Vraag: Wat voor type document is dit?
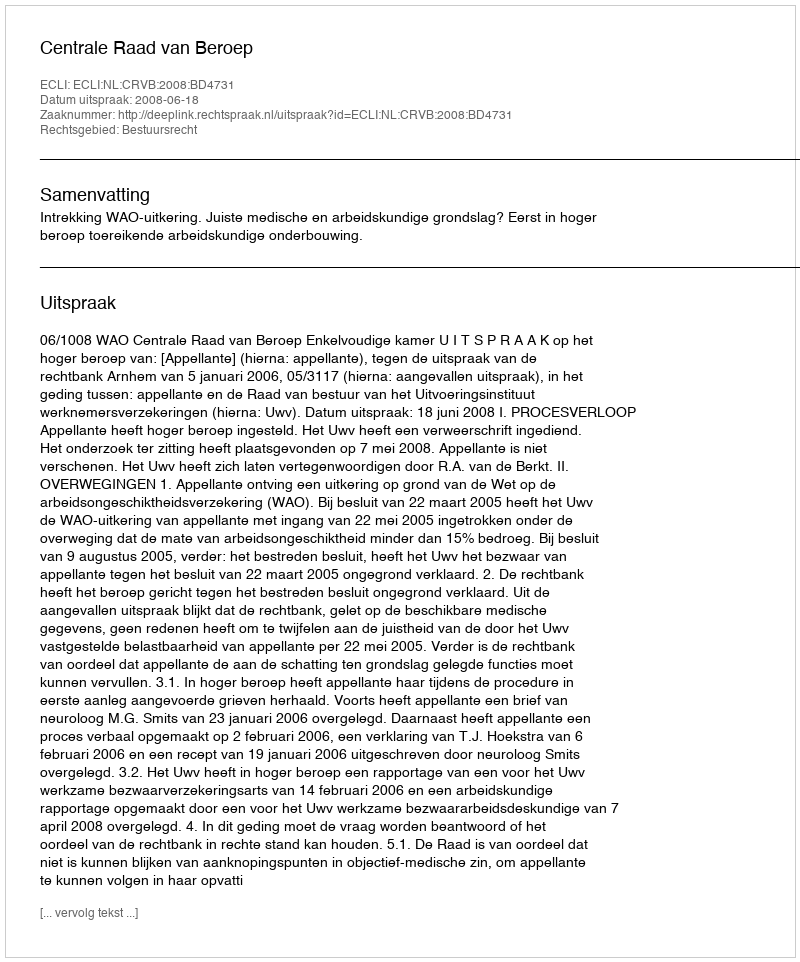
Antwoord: Uitspraak